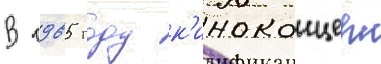
В 1965 году к'иноконцерн